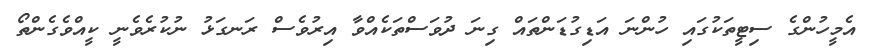
އެމީހުންގެ ސިޓީތަކުގައި ހުންނަ އަޑިގުޑަންތައް ގިނަ ދުވަސްތަކެއްވާ އިރުވެސް ރަނގަޅު ނުކުރެވެނީ ކީއްވެގެންތޯ